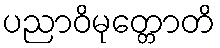
ပညာဝိမုတ္တောတိ